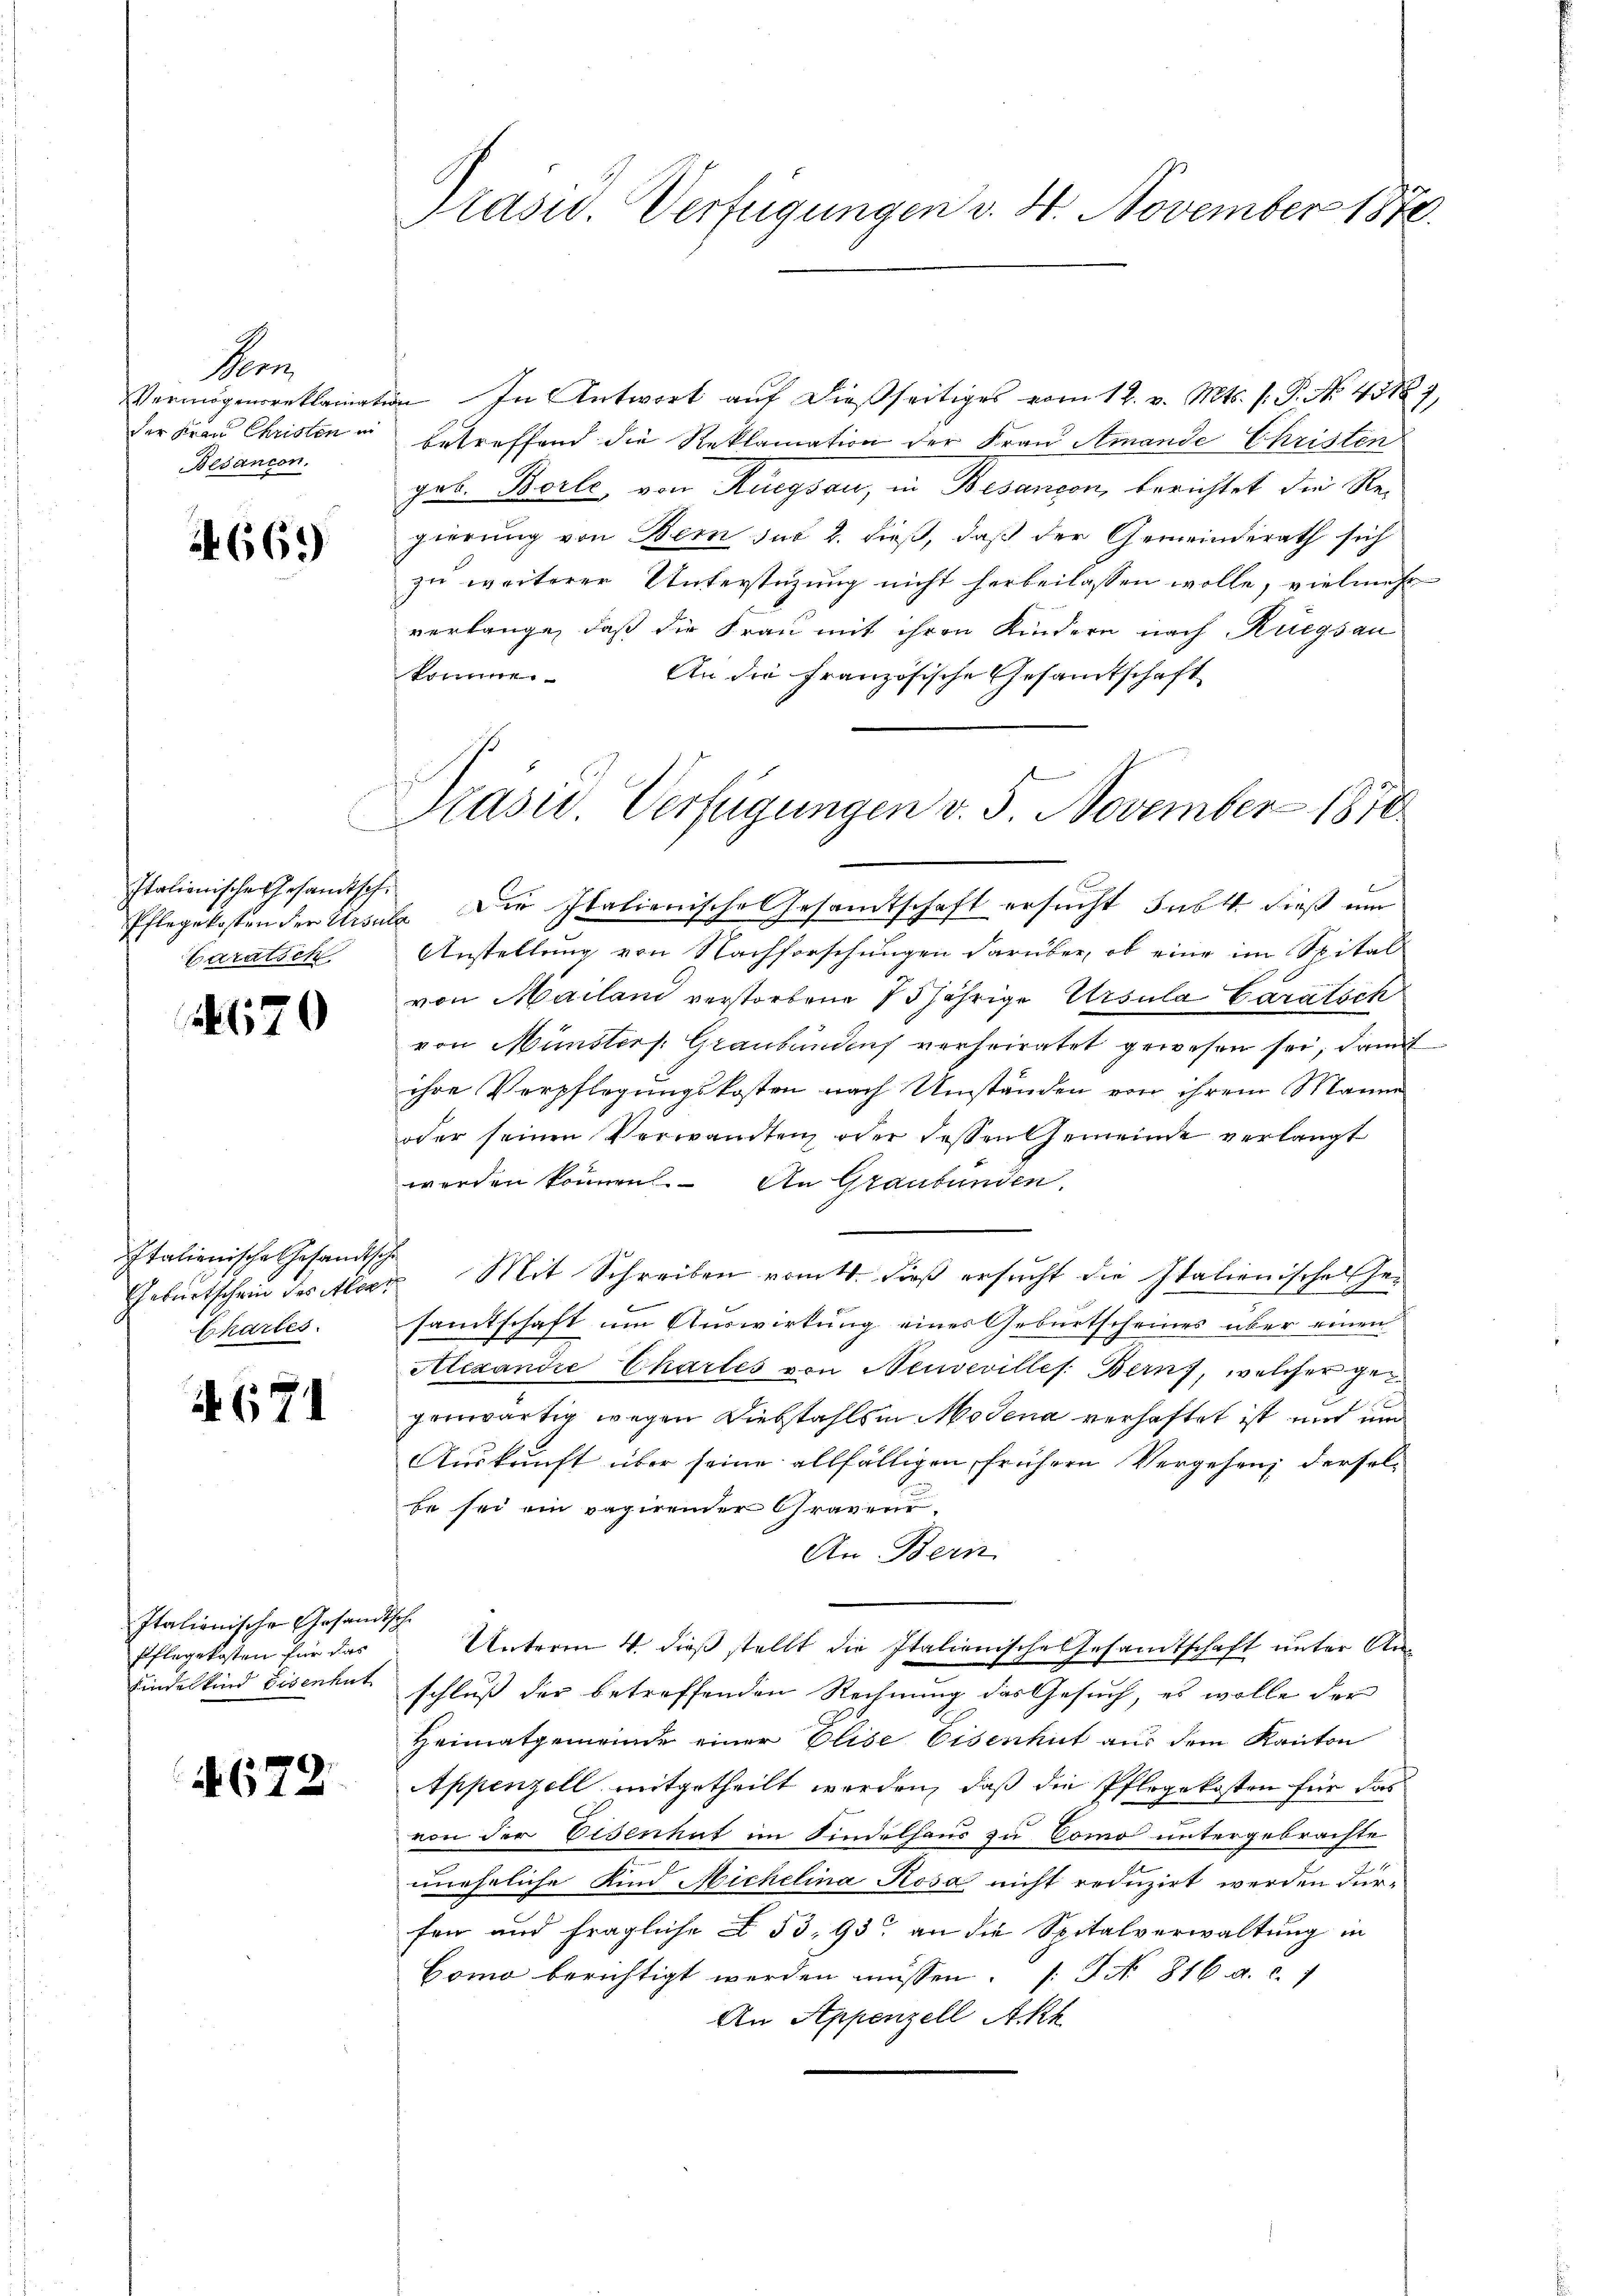
Be
Vermögensreklangen
der Frau Christen in
Besancon.

669)

Italionische Gesandtsche
Pflegekosten der Wism
Baralsch

670

Italienische Gesandtsch
Geburtschein des Alter
Charles

(171

Italienische Gesam¬
Pflegekosten für das
Kindelkind Eisenhut

672.

Pasid. Verfügungen d. 4. November 1870.

s

Präsie Verfügungen v. 5. November 1870

In Antwort auf dießseitiges vom 12. v. Mts. f. P. No. 41887,
betreffend die Reklamation der Frau Amande Christen
geb. Borle, von Ruegsau, in Besançon, berichtet die Regierung von Bern des 2. dieß, daß der Gemeinderath sich
zu weiterer Unterstüzung nicht herbeilassen wolle, vielmehr
verlange, daß die Frau mit ihren Kindern nach Ruegsau
Sommen
An die Französische Gesandtschaft
" Die Italienische Gesamtschaft ersucht Subst dieß mir
Anstellung von Nachforschungen darüber, ob eine im Spital
von Mailan verstorbene 15jährige Ursula Caratsch
von Münsters. Graubünden verheiratet gewesen sei, damit
ihre Verpflegungskosten nach Umständen von ihrem Manne
oder seinen Verwandten oder dessen Gemeinde verlangt
werden können. An Graubünden.
e
 Mit Schreiben romtt. dieß ersucht die Italienische Ge-
samtschaft um Auswirkung eines Geburtscheines über einen
Alexandie Chartes von Neuvevilles. Berns, welcher gegenwärtig wegen Diebstahls in Modena verhaftet ist und um
Auskunft über seine allfälligen frühern Vergehen derselbe sei ein vagirender Graver
An Bern
e
Unterm 4. dieß stellt die Italienische Gesandtschaft unter Anschluß der betreffenden Rechnung das Gesuch, es wolle der
Heimatgemeinde einer Elise Eisenhut aus dem Kanton
Appenzell mitgetheilt werden, daß die Pflegekosten für das
von der Eisenhat im Kindelhaus zu Como untergebrachte
uneheliche Kind Michelina Rosa nicht reduzirt werden dürfen und fragliche Z. 53, 93 an die Spitalverwaltung in
Como berichtigt werden müssen. [S. Nr. 816 a. c. 7
An Appenzell Akt